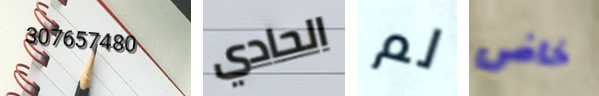
307657480 الحادي لم خاض